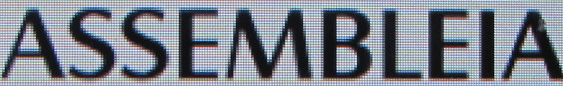
ASSEMBLEIA